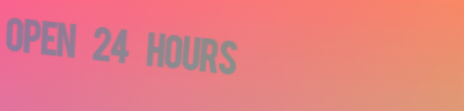
Open 24 Hours